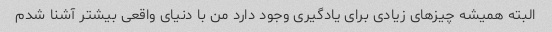
البته همیشه چیزهای زیادی برای یادگیری وجود دارد من با دنیای واقعی بیشتر آشنا شدم